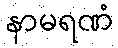
နာမရဏံ